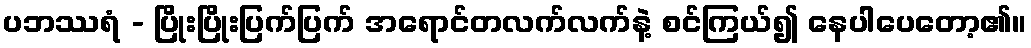
ပဘဿရံ - ပြိုးပြိုးပြက်ပြက် အရောင်တလက်လက်နဲ့ စင်ကြယ်၍ နေပါပေတော့၏။